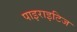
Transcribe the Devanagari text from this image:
पाइराइटिज